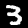
Digit: 3